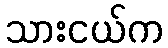
သားငယ်က